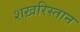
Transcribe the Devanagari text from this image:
शख़रिस्तान